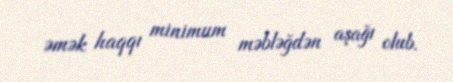
əmək haqqı minimum məbləğdən aşağı olub.